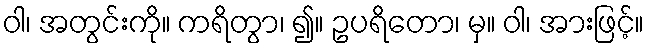
ဝါ၊ အတွင်းကို။ ကရိတွာ၊ ၍။ ဥပရိတော၊ မှ။ ဝါ၊ အားဖြင့်။